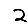
Digit: 2